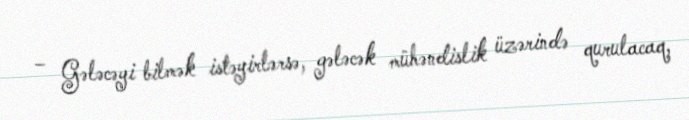
– Gələcəyi bilmək istəyirlərsə, gələcək mühəndislik üzərində qurulacaq,